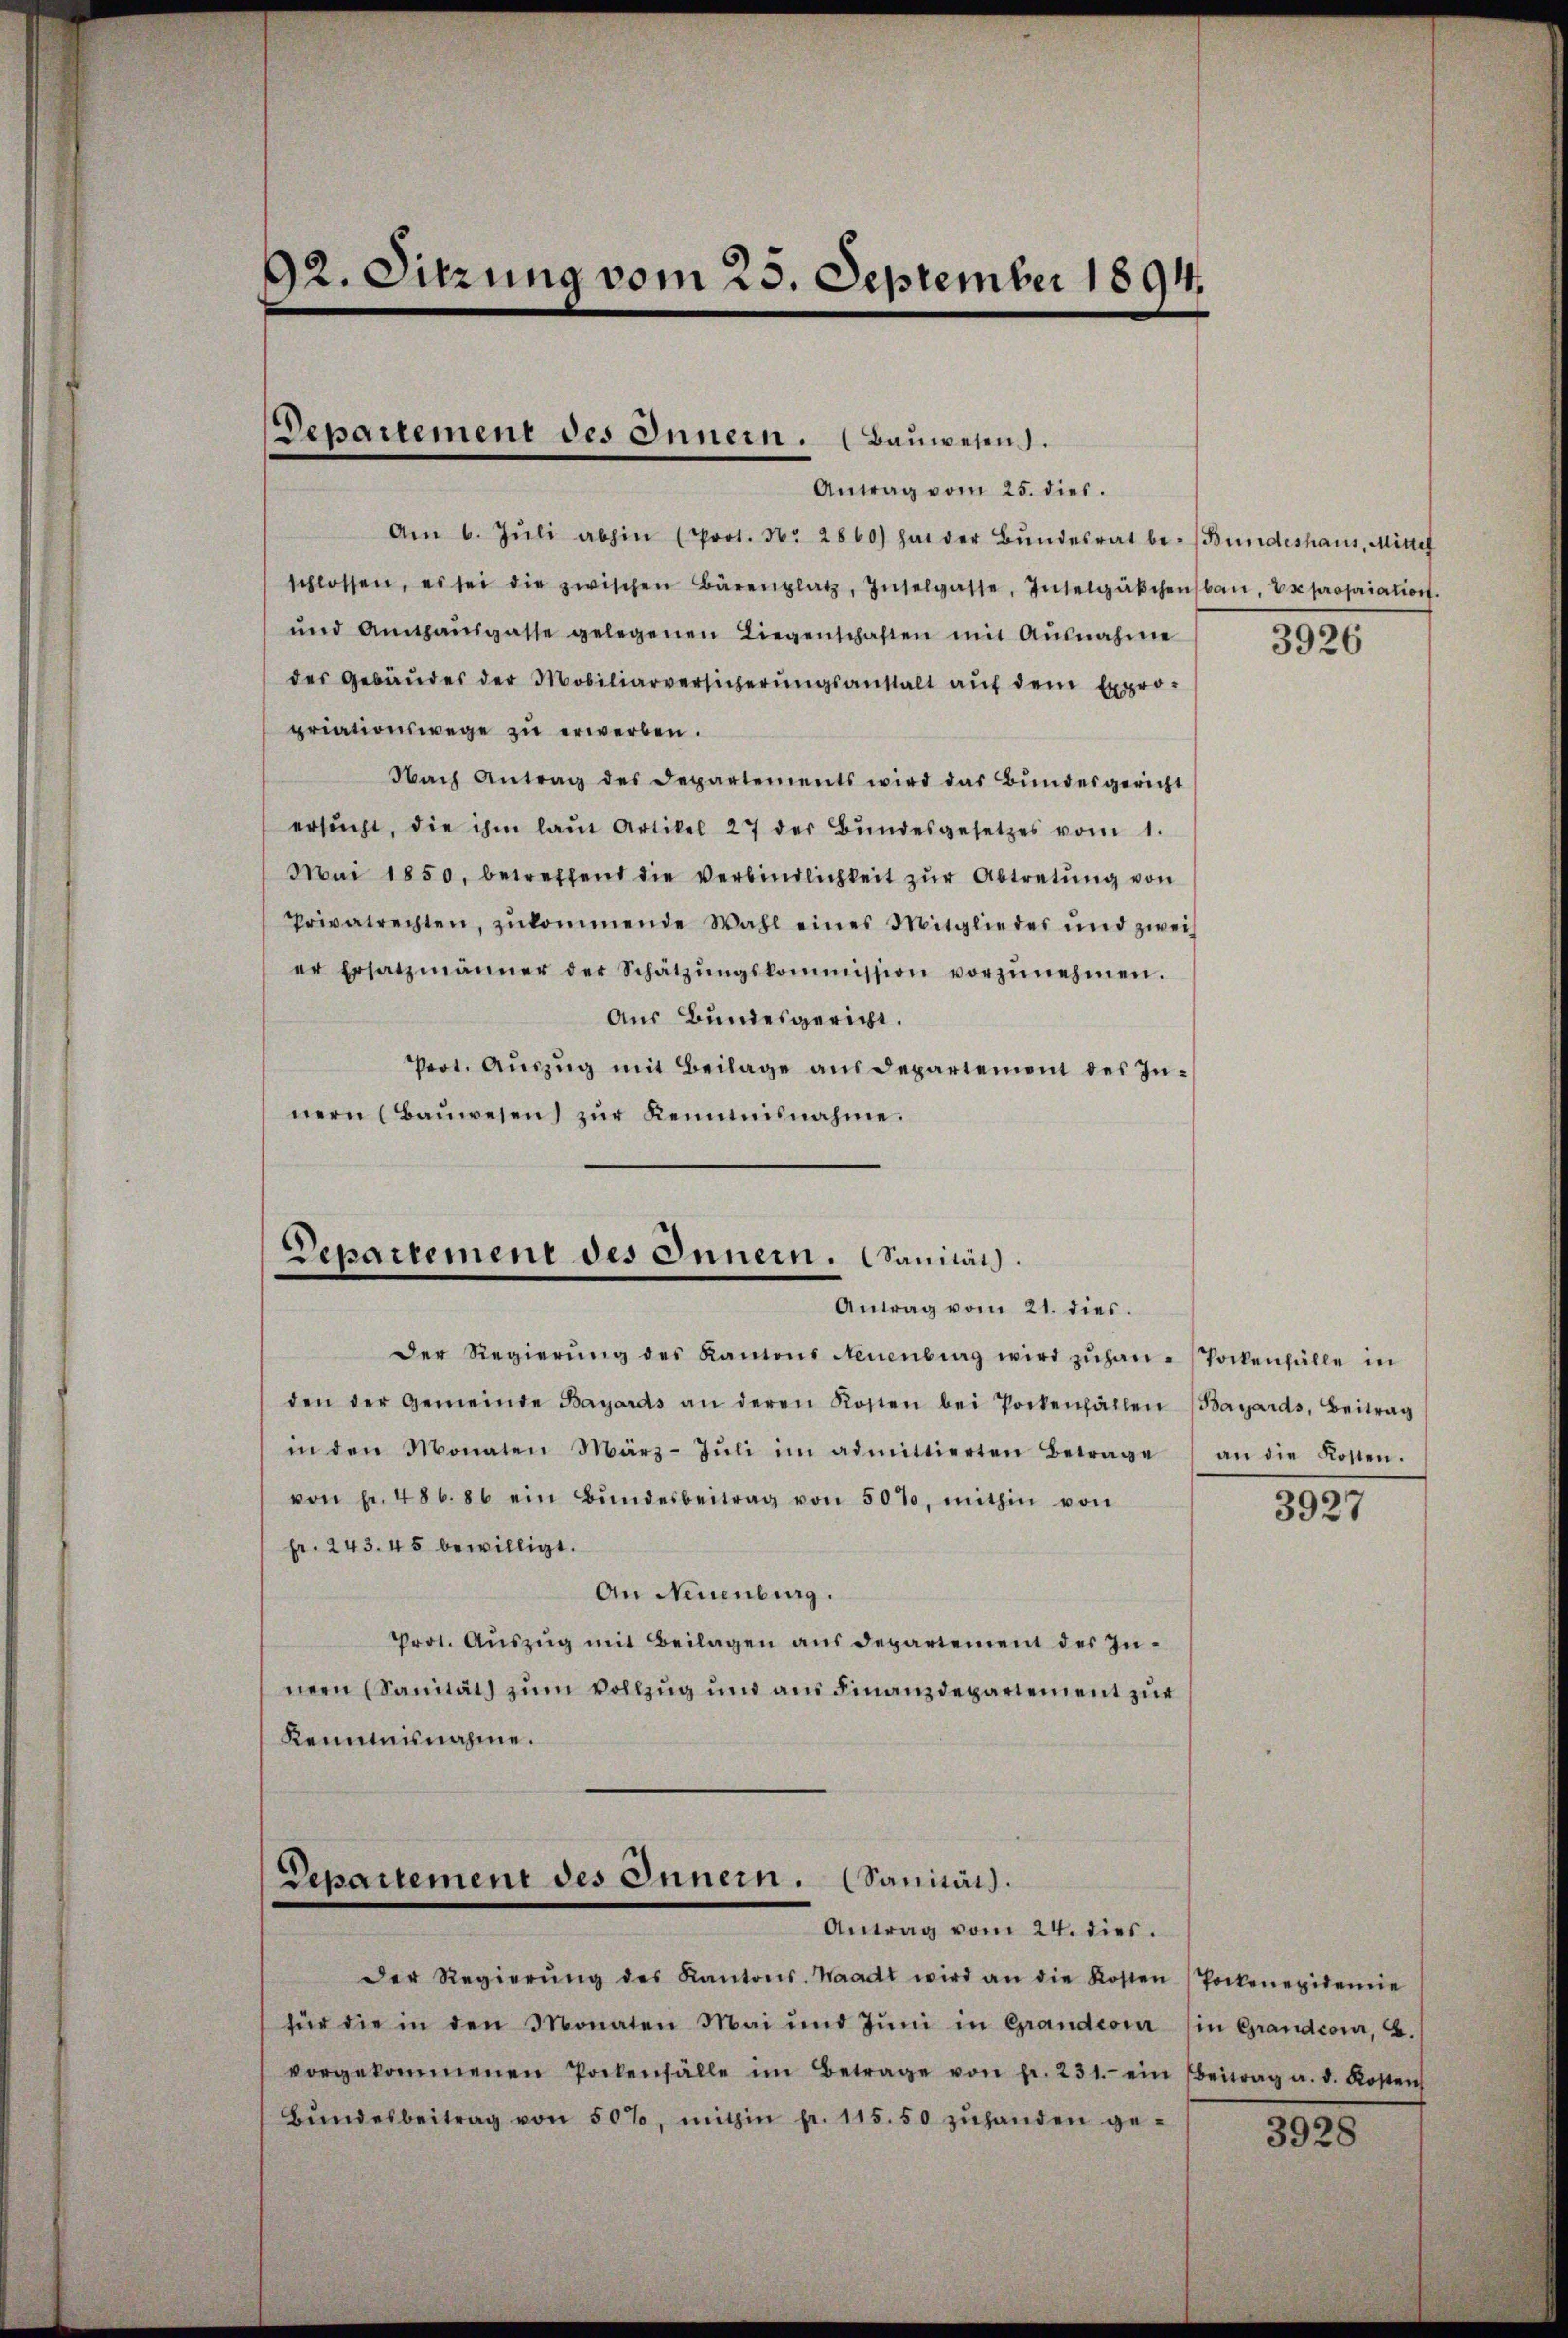
92. Sitzung vom 25. September 1894.

Departement des Innern. (Bauwesen.
Antrag vom 25. dies.

Am 6. Jŭli abhin (Prot. Nr. 2860) hat der Bŭndesrat be- (Bundeshaus, Mittel
schlossen, es sei die zwischen Bärenplatz, Inselgasse, Inselgäkchenbar, se propriation.
und Amthaŭsgasse gelegenen Liegenschaften mit Ausnahme
der Gebäŭdes der Mobiliarversicherŭngsanstalt aŭf dem Expro-
priationswege zu erwerben.
Nach Antrag des Departements wird das Bundesgericht
ersŭcht, die ihm laŭt Artikel 27 der Bŭndesgesetzes vom 1.
Mai 1850, betreffend die Verbindlichkeit zur Abtretung von
Privatrechten, zŭkommende Wahl eines Mitglieder und zwei
er Ersatzmänner der Schätzŭngskommission vorzŭnehmen.
Aus Bundesgericht.
Prot. Auszug mit Beilage aus Departement des Innern (Baŭwesen) zŭr Kenntnisnahme.

Departement des Innern. Sanität.
Antrag vom 21. dies.

Der Regierŭng des Kantons Neuenburg wird zŭhan-Tockenfälle in
den der Gemeinde Bayards an deren Kosten bei Pockenfällen (Bayards, Beitrag
in den Monaten März- Jŭli im admittierten Betrage an die Kosten.
von pr. 486. 86 ein Bŭndesbeitrag von 50%, mithin von
Fr. 243. 45 bewilligt.
An Neuenburg.
Prot. Aŭszŭg mit Beilagen aŭs departement des In-
nern (Sanitäts zum Vollzug und aus Finanzdepartement zur
Kenntnisnahme.

Departement des Innern. (Sanität.
Antrag vom 24. dies.

Der Regierŭng des Kantons-Waadt wird an die Kosten (Pockenepidemie
für die in den Monaten Mai und Jŭni in Grandern (in Grandcour, E.
vorgekommenen Pockenfälle im Betrage von fr. 231. ein Beitrag a. d. Kosten
Bŭndesbeitrag von 50%, mithin pr. 115.50 zŭhanden ge-

3926

3927

3928